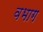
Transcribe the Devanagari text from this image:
वभाग